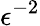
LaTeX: \epsilon^{-2}